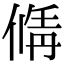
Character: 𠌚